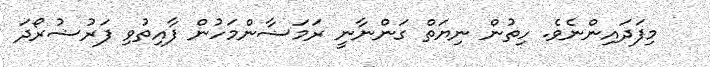
މިފަދައިންނެވެ. ހިތުން ނިޔަތް ގަންނާނީ ރަމަޟާންމަހުން ފާއިތުވި ފަރުޟުރޯދަ